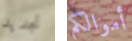
تجديد أموالكم